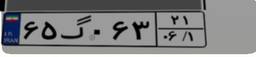
۱۴گ۷۵۶۹۴